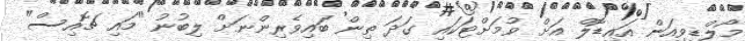
މޯލްޑިވިއަން އައިޑޮލް އަށް ވުމަށްޓަކައި ގަދަ ތިން ބައިވެރިންނަށް ލިބުނު "މައި ޗޮއިސް"